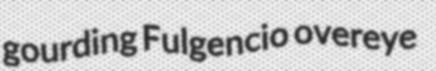
gourding Fulgencio overeye